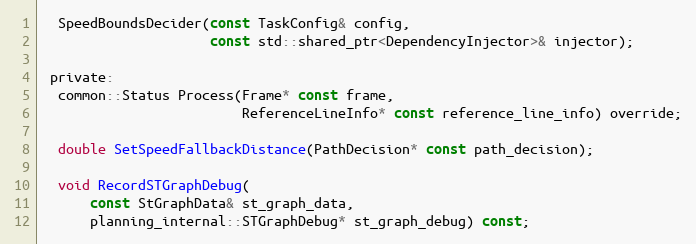
Language: C
  SpeedBoundsDecider(const TaskConfig& config,
                     const std::shared_ptr<DependencyInjector>& injector);

 private:
  common::Status Process(Frame* const frame,
                         ReferenceLineInfo* const reference_line_info) override;

  double SetSpeedFallbackDistance(PathDecision* const path_decision);

  void RecordSTGraphDebug(
      const StGraphData& st_graph_data,
      planning_internal::STGraphDebug* st_graph_debug) const;